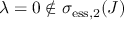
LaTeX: \lambda = 0 \not \in \sigma _ { \mathrm { e s s } , 2 } ( J )